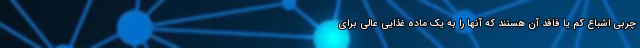
چربی اشباع کم یا فاقد آن هستند که آنها را به یک ماده غذایی عالی برای